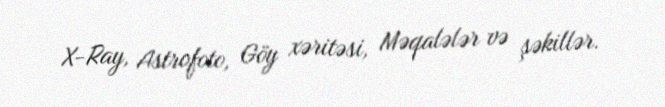
X-Ray, Astrofoto, Göy xəritəsi, Məqalələr və şəkillər.